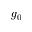
g _ { 0 }